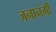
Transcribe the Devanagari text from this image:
जनानंगी